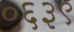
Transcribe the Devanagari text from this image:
०६३९